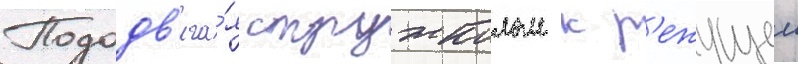
Пододв'ига́я стружколом к р'ежущеи